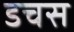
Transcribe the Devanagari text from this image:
डचस